Civil Veterinary Department Bihar reports 1936-40 - 1936-1940
Year: 1936
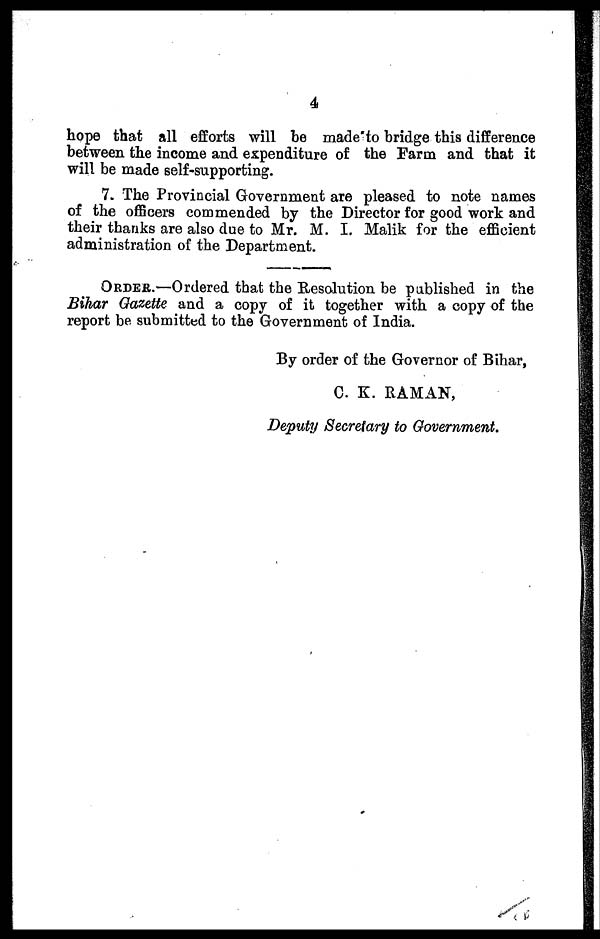
4
hope that all efforts will be made to bridge this difference
between the income and expenditure of the Farm and that it
will be made self-supporting.
7. The Provincial Government are pleased to note names
of the officers commended by the Director for good work and
their thanks are also due to Mr. M. I. Malik for the efficient
administration of the Department.
ORDER.—Ordered that the Resolution be published in the
Bihar Gazette and a copy of it together with a copy of the
report be submitted to the Government of India.
By order of the Governor of Bihar,
C K. RAMAN,
Deputy Secretary to Government.